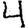
Digit: 4